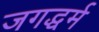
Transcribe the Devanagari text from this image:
जगद्धर्म